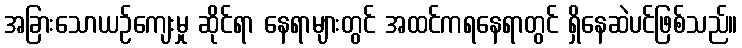
အခြားသောယဉ်ကျေးမှု ဆိုင်ရာ နေရာများတွင် အထင်ကရနေရာတွင် ရှိနေဆဲပင်ဖြစ်သည်။